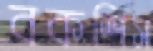
বকশিস